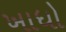
ખાધો